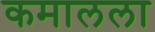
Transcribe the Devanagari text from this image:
कमालला